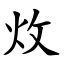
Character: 炇